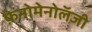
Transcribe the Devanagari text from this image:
फ़ेनोमेनोलॅजी